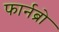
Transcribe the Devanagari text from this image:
फार्नब्रो